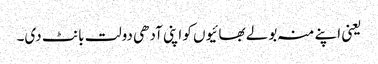
یعنی اپنے منہ بولے بھائیوں کو اپنی آدھی دولت بانٹ دی۔